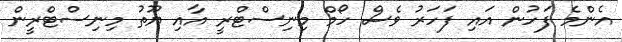
އެންމެ ފަހުން އައި ފަހަރު ވެސް ހޯމް މިނިސްޓްރީ އާއި ޔޫތު މިނިސްޓްރީން